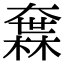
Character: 𡙻